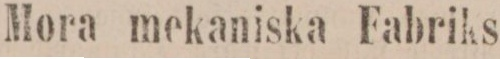
Mora mekaniska Fabriks